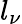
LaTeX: l_{\nu}